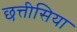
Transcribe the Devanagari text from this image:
छत्तीसिया